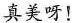
真美呀！